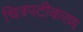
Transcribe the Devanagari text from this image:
चित्रपटीकरण